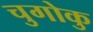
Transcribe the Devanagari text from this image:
चुगोकु